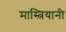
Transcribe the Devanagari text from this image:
मास्त्रियानी